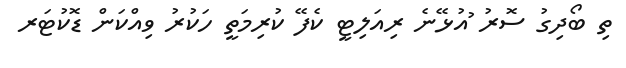
ތި ބޯދިގު ސޮރު ުުުުުުުުުުުުުުުުުުުުުުއުޅޭނެ ރިއަލިޓީ ކެފޭ ކުރިމަތީ ހަކުރު ވިއްކަން ޑޮކުޓަރ